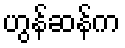
ဟွန်ဆန်က